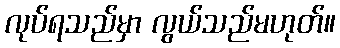
လုပ်ရသည်မှာ လွယ်သည်မဟုတ်။